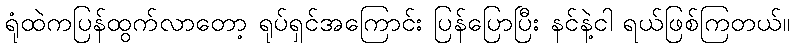
ရုံထဲကပြန်ထွက်လာတော့ ရုပ်ရှင်အကြောင်း ပြန်ပြောပြီး နင်နဲ့ငါ ရယ်ဖြစ်ကြတယ်။